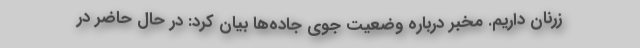
زرنان داریم. مخبر درباره وضعیت جوی جاده‌ها بیان کرد: در حال حاضر در